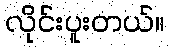
လိုင်းပူးတယ်။